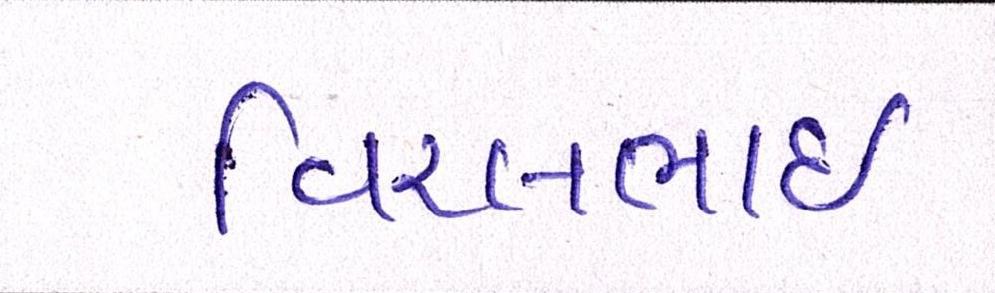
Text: વિરલભાઇ